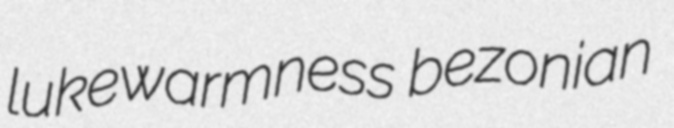
lukewarmness bezonian